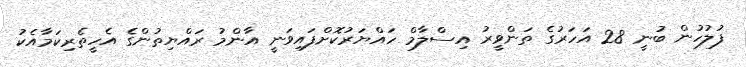
ފުލުހުން ބުނީ 28 އަހަރުގެ ތަންވީރު އިސްލާމް ހައްޔަރުކޮށްފައިވަނީ އާންމު ރައްޔިތުންގެ އެހީތެރިކަމާއެކު